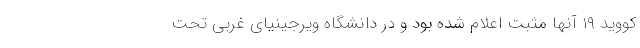
کووید ۱۹ آنها مثبت اعلام شده بود و در دانشگاه ویرجینیای غربی تحت